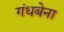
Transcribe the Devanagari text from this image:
गंधबेना